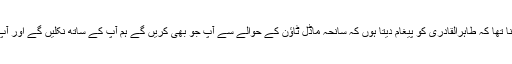
چیرمین تحریک انصاف کا کہنا تھا کہ طاہرالقادری کو پیغام دیتا ہوں کہ سانحہ ماڈل ٹاؤن کے حوالے سے آپ جو بھی کریں گے ہم آپ کے ساتھ نکلیں گے اور آپ کا بھرپور ساتھ دیا جائے گا۔